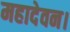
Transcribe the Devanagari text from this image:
महादेवन।